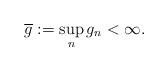
LaTeX: \begin{align*} \overline{g}:=\sup_{n}g_n<\infty.\end{align*}